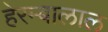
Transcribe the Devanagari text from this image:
हेरम्बालाल